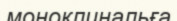
моноклинальға